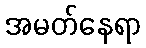
အမတ်နေရာ